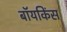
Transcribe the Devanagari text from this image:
बॉयकिंस